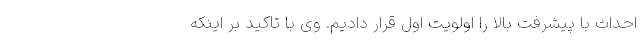
احداث با پیشرفت بالا را اولویت اول قرار دادیم. وی با تاکید بر اینکه